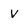
Character: v